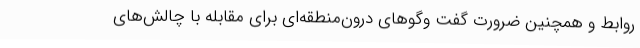
روابط و همچنین ضرورت گفت‌ وگوهای درون‌منطقه‌ای برای مقابله با چالش‌های